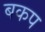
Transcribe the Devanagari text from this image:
बकप